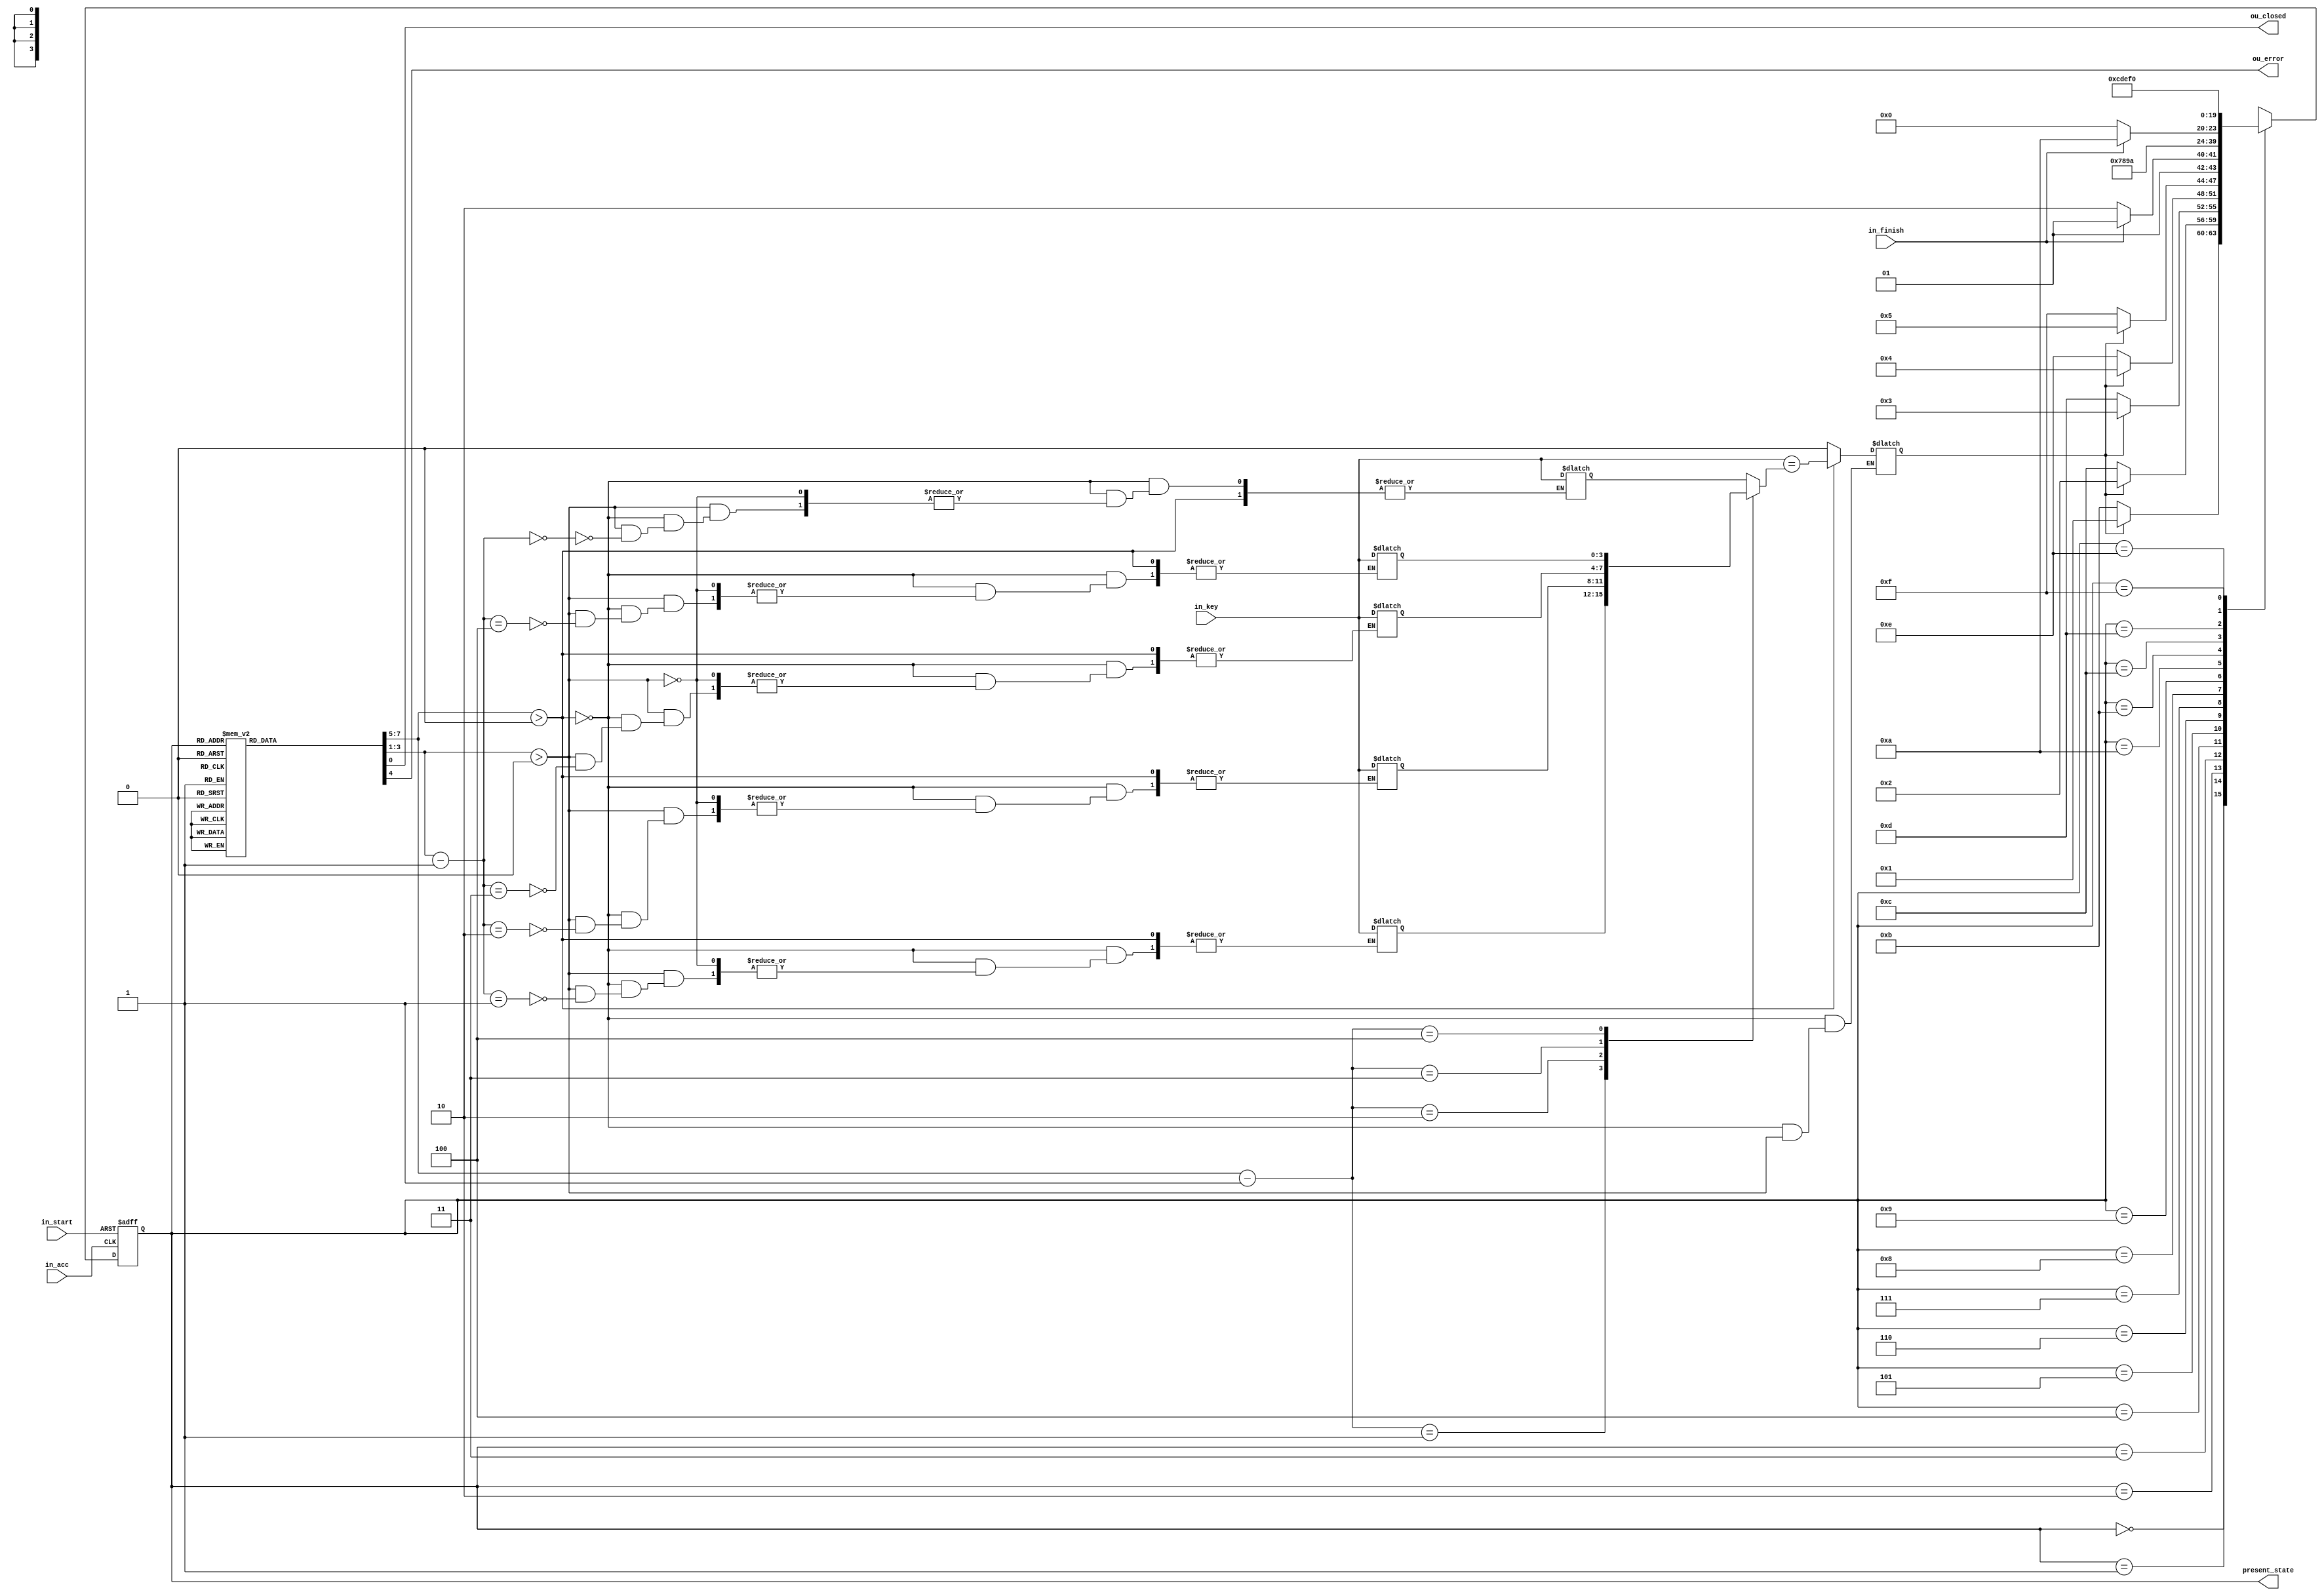
module keylock_machine(in_key, in_acc, in_start, in_finish, ou_closed, ou_error, present_state);
	input[3:0] in_key;
	input in_acc, in_start, in_finish;
	output reg ou_closed, ou_error;
	reg w;
    reg[2:0] compare, process;
	reg[3:0] next_state, memory[4:0];
	output reg[3:0] present_state;
  	reg fin;
	parameter S0 = 4'b0000, S1 = 4'b0001, S2 = 4'b0010, S3 = 4'b0011, S4 = 4'b0100, S5 = 4'b0101, 
			  S6 = 4'b0110, S7 = 4'b0111, S8 = 4'b1000, S9 = 4'b1001, S10 = 4'b1010, 
			  S11 = 4'b1011, S12 = 4'b1100, S13 = 4'b1101, S14 = 4'b1110, S15 = 4'b1111; 
	
	initial
		begin
        ou_closed = 0;
        ou_error = 0;
        w = 0;
        compare = 0;
        process = 0;
		end

  always@(*)
    begin
      if (compare > 3'b000)
            begin
            w = in_key == memory[compare-1];
            end
      else if (process > 3'b000)
			memory[process-1] = in_key;
		else 
			w = 0;
      
    end
		
  always@(negedge in_acc, negedge in_start)
		begin
		if(~in_start)
			present_state = S5; 
		else 
			present_state = next_state;
		end
	
	always@(*)
		begin
			case(present_state)
				S0: begin
                    if(w)
						next_state = S1;
				    else
						next_state = S11;
					end
				S1: begin
					if(w)
						next_state = S2;
					else
						next_state = S12;
					end
				S2: begin
					if(w)
						next_state = S3;
					else 
						next_state = S13;
					end
				S3: begin
					if(w)
						next_state = S4;
					else
						next_state = S14;
					end
				S4: begin
                    if(w)
						next_state = S5;
                    else
						next_state = S15;
					end
				S5: begin
						if(~in_finish)
						next_state = S6;
						else
						next_state = S5;
					end
				S6: begin
						next_state = S7;
					end
				S7: begin
						next_state = S8;
                    end
				S8: begin
						next_state = S9;
					end
				S9: begin
						next_state = S10;
					end
				S10: begin
						if(~in_finish)
						next_state = S0;
						else
						next_state = S10;
					end
				S11: begin
						next_state = S12;
					end
				S12: begin
						next_state = S13;
					end
                S13: begin
						next_state = S14;
					end
				S14: begin              
						next_state = S15;
					  end
				S15: begin             
						next_state = S0;
					 end
				default: next_state = S0; 
			endcase		
		end
	
	always@(*)
		begin
			case(present_state)
				S0: begin
					ou_closed = 1;
					process = 0;
					ou_error = 0;
					compare = 3'b001;
					end
				S1:begin
					ou_closed = 1;
					process = 0;
					ou_error = 0;
					compare = 3'b010;
					end
				S2:begin
					ou_closed = 1;
					process = 0;
					ou_error = 0;
					compare = 3'b011;
					end
				S3:begin
					ou_closed = 1;
					process = 0;
					ou_error = 0;
					compare = 3'b100;
					end
				S4:begin
					ou_closed = 1;
					process = 0;
					ou_error = 0;
					compare = 3'b101;
					end
				S5:begin
					ou_closed = 0;
					process = 0;
					ou_error = 0;
					compare = 3'b000;
					end
				S6: begin
					ou_closed = 0;
					process = 3'b001;
					ou_error = 0;
					compare = 0;
					end
				S7: begin
					ou_closed = 0;
					process = 3'b010;
					ou_error = 0;
					compare = 0;
					end
				S8: begin
					ou_closed = 0;
					process = 3'b011;
					ou_error = 0;
					compare = 0;
					end
				S9: begin
					ou_closed = 0;
					process = 3'b100;
					ou_error = 0;
					compare = 0;
					end
				S10:begin
					ou_closed = 0;
					process = 3'b101;
					ou_error = 0;
					compare = 0;
					end
				S15:begin
					ou_closed = 1;
					process = 0;
					ou_error = 1;
					compare = 0;
					end
				default: begin
						ou_closed = 1;
						process = 0;
						ou_error = 0;
						compare = 0;
						end
			endcase
			
		end
endmodule